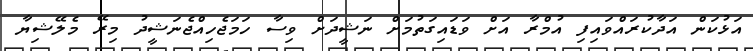
އަޅުކަން އަދާކުރައްވައިފި އުމްރާ އަށް ވަޑައިގަތުމަށް ނަޝީދަށް ވިސާ ހަމަޖެހިއްޖެނަޝީދު މިރޭ މެލޭޝިޔާ